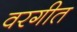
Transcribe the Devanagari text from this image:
वरगीत